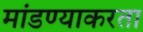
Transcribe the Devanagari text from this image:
मांडण्याकरता